Report on vaccination North-West Frontier Province 1904-1922 - 1904-1922
Year: 1904
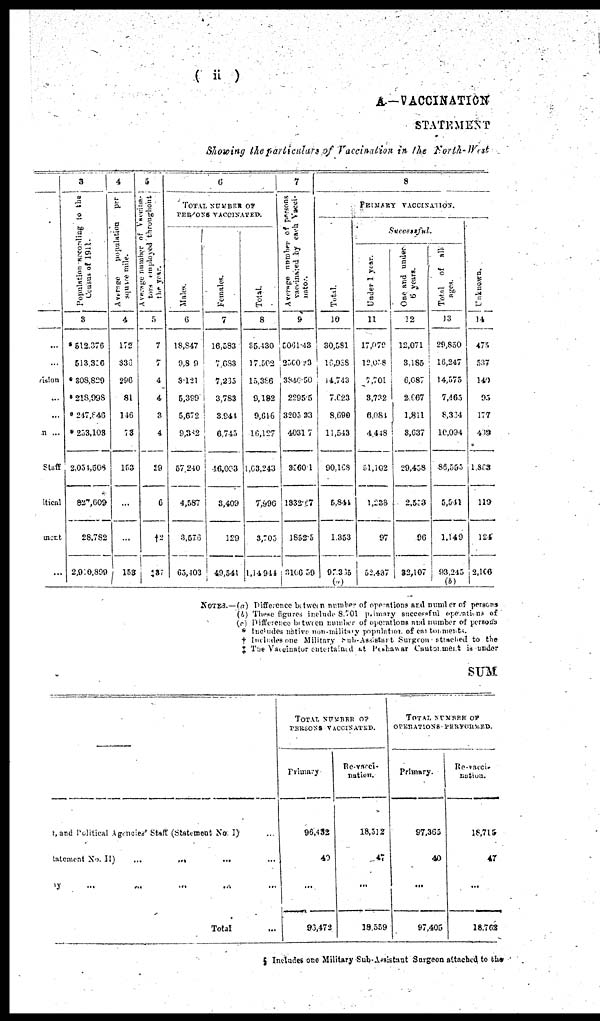
( ii)
A —VACCINATION
STATEMENT
Showing the particulars of Vaccination in the North- West
...
...
ision
...
...
n ...
Staff
itical
ment
...
3
Population according to the
Census of 1911.
3
*512,376
513,356
* 308,829
* 218,998
* 247,846
* 253,108
2,054,508
827,609
28,782
2,910,899
4
Average
population
per
squre mile.
4
172
836
296
81
146
73
153
...
...
153
5
Average number of vaccina¬
tors employed throughout
the year.
5
7
7
4
4
3
4
29
6
†2
‡37
6
TOTAL NUMBER OF
PERSONS VACCINATED.
Males.
6
18,847
9,809
3,121
5,399
5,672
9,382
57,240
4,587
3,576
65,403
Females.
7
16,583
7,683
7,265
3,783
3,944
6,745
46,003
3,409
129
49,541
Total.
8
35,430
17,502
15,386
9,182
9,646
16,127
1,63,243
7,996
3,705
1,14 944
7
Average number of persons
vaccinated
by each Vacci¬
inator.
9
5061.43
2500.23
3846.50
2295.5
3205.33
4031.7
3560.1
1332.67
1852.5
3106.59
8
PRIMARY VACCINATION.
Total.
10
30,581
16,988
14,743
7,623
8,090
11,543
90,168
5,844
1,353
97,365
(a)
Successful.
Under 1 year.
11
17,079
12,018
7,701
3,732
6,084
4,448
51,102
1,233
97
52,437
One and under
6 years.
12
12,071
3,185
6,087
2,667
1,811
3,637
29,458
2,553
96
32,107
Total of all
ages.
13
29,850
16,247
14,575
7,465
8,334
10,094
86,555
5,541
1,149
93,245
(b)
Unknown.
14
475
537
140
95
177
439
1,863
119
124
2,106
NOTES.—(a) Difference between number of operations and number of persons
(b) These figures include 8,701 primary successful operations of
(c) Difference between number of operations and number of persons
* Includes native non-military population of cantonments.
† Includes one Military Sub-Assistant Surgeon attached to the
‡ The vaccinator entertained at Peshawar Cantonment is under
SUM
r, and Political Agencies' Staff (Statement No. I) ...
tatement No. I I ) . . .
...
.......
ly
...
...
...
...
...
Total ...
TOTAL NUMBER OF
PERSONS VACCINATED.
Primary
96,432
49
...
93,472
Re-vacci¬
nation.
18,512
47
...
18,559
TOTAL NUMBER OF
OPERATIONS PERFORMED.
Primary.
97,365
40
...
97,405
Re-vacci¬
nation.
18,715
47
...
18,762
§ Includes one Military Sub-Assistant Surgeon attached to the